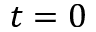
t = 0